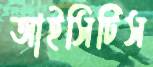
আইসিটিস